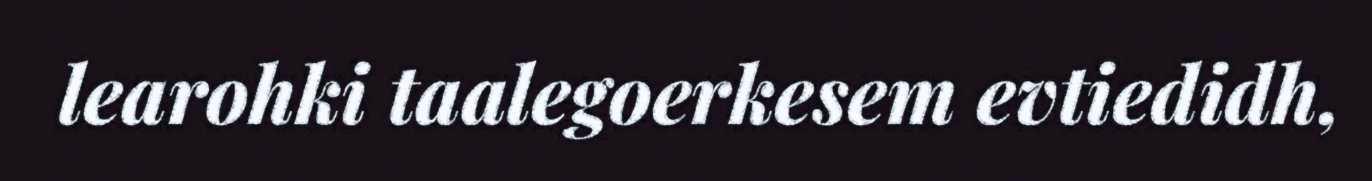
learohki taalegoerkesem evtiedidh,